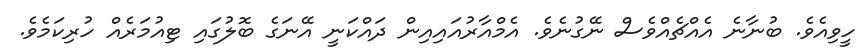
ހީވިއެވެ. ބުނާނެ އެއްޗެއްވެސް ނޭގުނެވެ. އެމްއާރުއައިއިން ދައްކަނީ އޭނަގެ ބޮލުގައި ޓިއުމަރެއް ހުރިކަމެވެ.